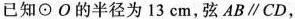
已知\odot O的半径为13cm，弦$$AB\parallel CD$$，